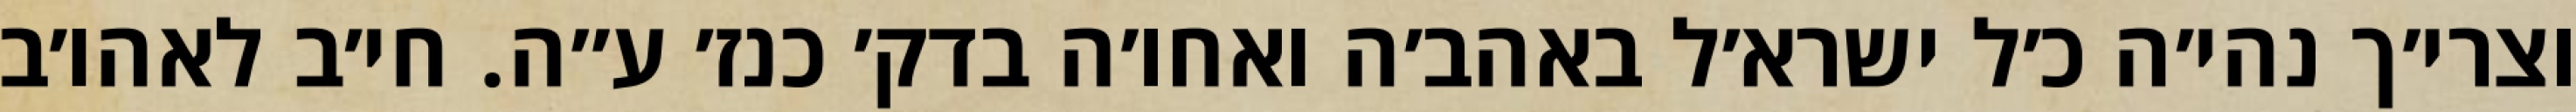
וצרי׳ך נהי׳ה כ׳ל ישרא׳ל באהב׳ה ואחו׳ה בדק׳ כנז׳ ע״ה. חי׳ב לאהו׳ב